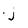
Character: j